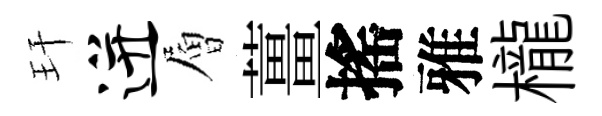
玕迸層薑搖雅櫳